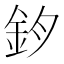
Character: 𨥘